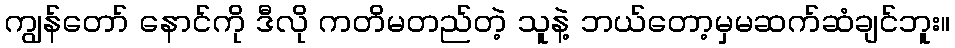
ကျွန်တော် နောင်ကို ဒီလို ကတိမတည်တဲ့ သူနဲ့ ဘယ်တော့မှမဆက်ဆံချင်ဘူး။